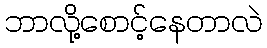
ဘာလို့စောင့်နေတာလဲ